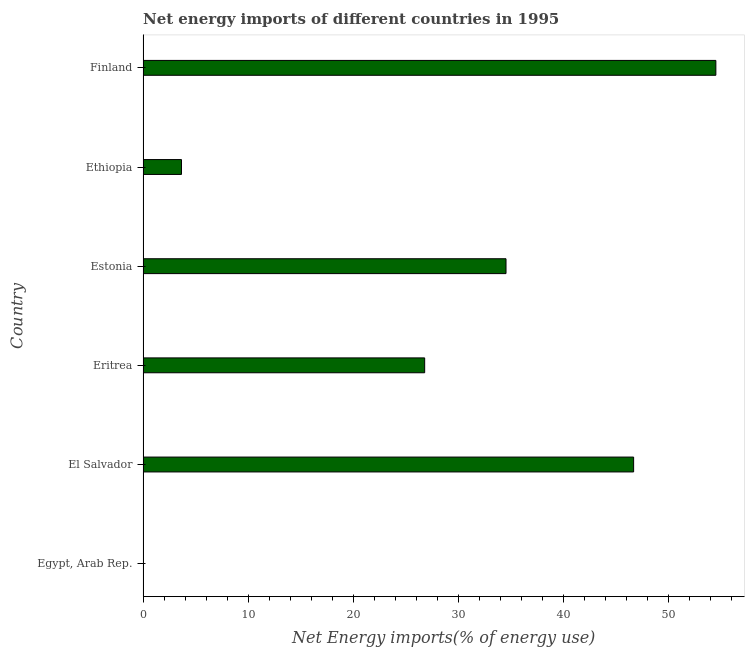
| Country | Energy imports |
 | --- | --- |
 | Egypt, Arab Rep. | -69.9 |
 | El Salvador | 46.7 |
 | Eritrea | 26.8 |
 | Estonia | 34.5 |
 | Ethiopia | 3.66 |
 | Finland | 54.5 |